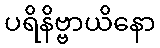
ပရိနိဗ္ဗာယိနော